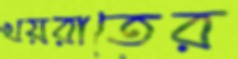
খয়রাতের